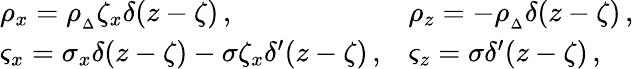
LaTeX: \begin{array}{ll}{\rho_{x}=\rho_{{}_{\Delta}}\zeta_{x}\delta(z-\zeta)\, ,}&{\rho_{z}=-\rho_{{}_{\Delta}}\delta(z-\zeta)\, ,}\\ {\varsigma_{x}=\sigma_{x}\delta(z-\zeta)-\sigma\zeta_{x}\delta^{\prime}(z-\zeta)\, ,}&{\varsigma_{z}=\sigma\delta^{\prime}(z-\zeta)\, ,}\end{array}